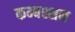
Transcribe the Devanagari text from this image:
कम्बश्शन